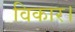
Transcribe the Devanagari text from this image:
विकार।